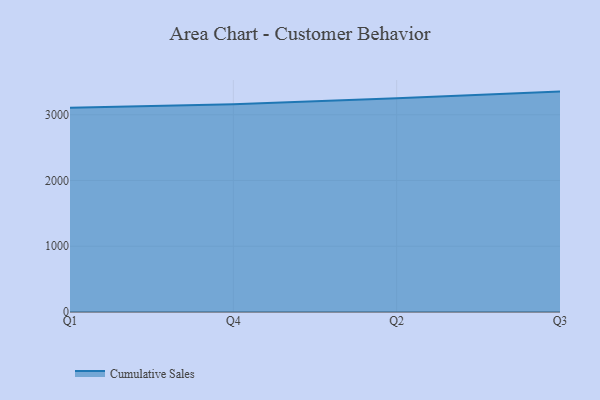
{"axis": {"x": "Quarter", "y": "Tickets Resolved"}, "legend": ["Cumulative Sales"], "data": [{"x": "Q1", "y": 3105.5, "type": "Cumulative Sales"}, {"x": "Q4", "y": 3160.7, "type": "Cumulative Sales"}, {"x": "Q2", "y": 3251.1, "type": "Cumulative Sales"}, {"x": "Q3", "y": 3351.5, "type": "Cumulative Sales"}]}